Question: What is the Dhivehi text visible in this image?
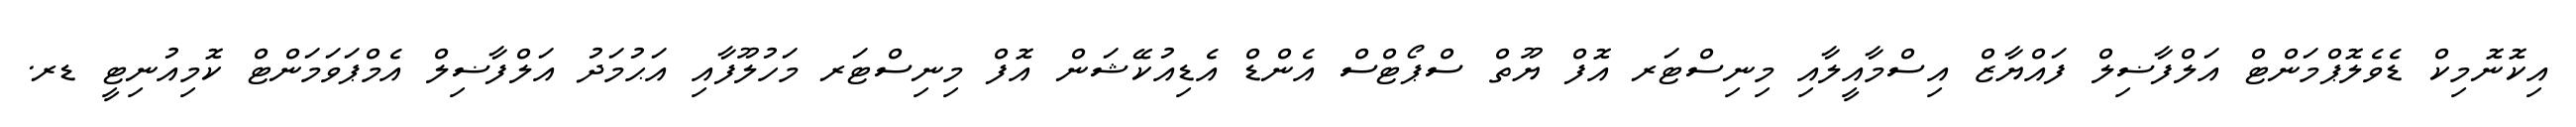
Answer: އިކޮނޮމިކް ޑެވެލޮޕްމަންޓް އަލްފާޟިލް ފައްޔާޒް އިސްމާއީލާއި މިނިސްޓަރ އޮފް ޔޫތް ސްޕޯޓްސް އެންޑް އެޑިއުކޭޝަން އޮފް މިނިސްޓަރ މަހުލޫފާއި އަޙުމަދު އަލްފާޟިލް އެމްޕަވަމަންޓް ކޮމިއުނިޓީ ޑރ.